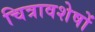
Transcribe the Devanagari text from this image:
चित्रावशेषों